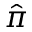
\hat { \boldsymbol \pi }